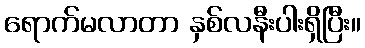
ရောက်မလာတာ နှစ်လနီးပါးရှိပြီး။